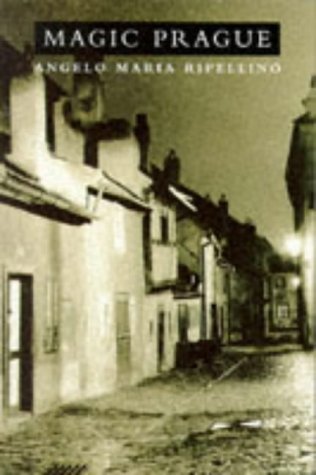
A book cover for Magic Prague; Angelo Maria Ripellino; Travel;